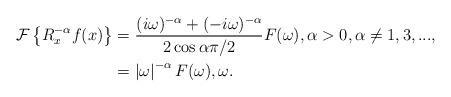
LaTeX: \begin{align*}\mathcal{F}\left\{ R_{x}^{-\alpha}f(x)\right\} & =\frac{(i\omega)^{-\alpha}+(-i\omega)^{-\alpha}}{2\cos\alpha\pi/2}F(\omega),\alpha>0,\alpha\neq1,3,...,\\& =\left\vert \omega\right\vert ^{-\alpha}F(\omega),\omega.\end{align*}